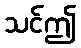
သင်ဤ